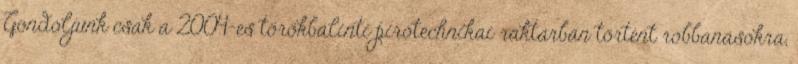
Gondoljunk csak a 2004-es törökbálinti pirotechnikai raktárban történt robbanásokra,